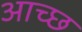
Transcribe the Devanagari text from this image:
आच्छ